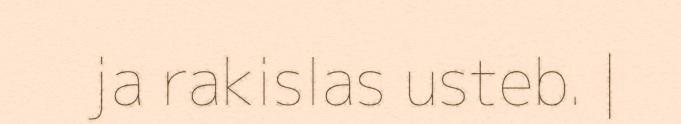
ja rakislas usteb. |